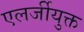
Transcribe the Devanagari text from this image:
एलर्जीयुक्त